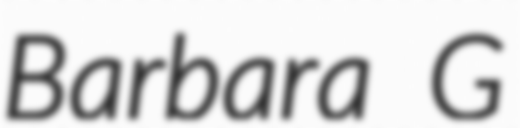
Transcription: Barbara G